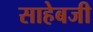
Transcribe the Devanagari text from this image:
साहेबजी